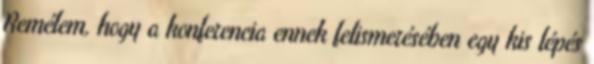
Remélem, hogy a konferencia ennek felismerésében egy kis lépés